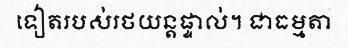
ទៀតរបស់រថយន្តផ្ទាល់។ ជាធម្មតា